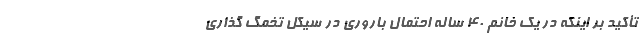
تأکید بر اینکه در یک خانم ۴۰ ساله احتمال باروری در سیکل تخمگ گذاری